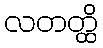
လတတ္ထိ